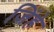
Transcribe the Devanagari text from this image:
जिंहे